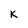
Character: k